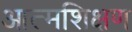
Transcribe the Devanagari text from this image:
आत्मशिक्षण